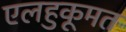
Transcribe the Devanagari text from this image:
एलहुकूमत